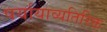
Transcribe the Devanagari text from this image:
पर्यायाव्यतिरिक्त